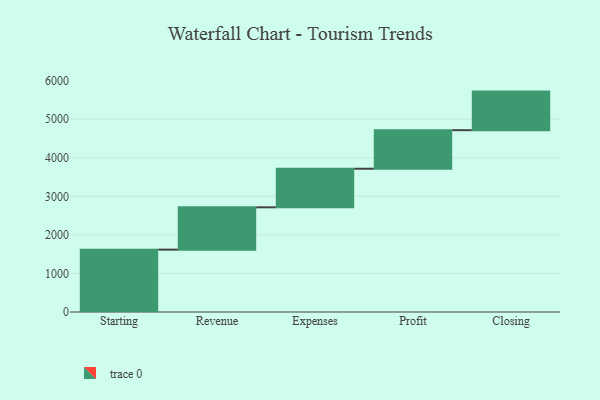
{"axis": {"x": "Step", "y": "Value"}, "legend": [""], "data": [{"x": "Starting", "y": 1617.0, "type": ""}, {"x": "Revenue", "y": 1098.0, "type": ""}, {"x": "Expenses", "y": 1000, "type": ""}, {"x": "Profit", "y": 1000, "type": ""}, {"x": "Closing", "y": 1000, "type": ""}]}